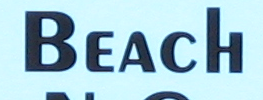
BEACH